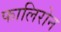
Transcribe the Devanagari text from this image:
फालिरोन